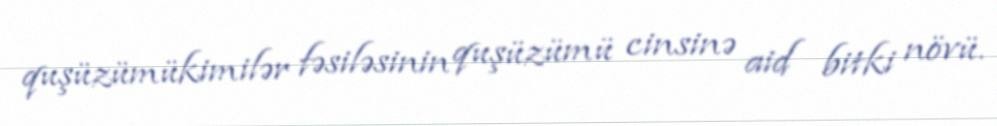
quşüzümükimilər fəsiləsinin quşüzümü cinsinə aid bitki növü.